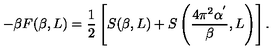
- \beta F ( \beta , L ) = \frac { 1 } { 2 } \left[ S ( \beta , L ) + S \left( \frac { 4 \pi ^ { 2 } \alpha ^ { ' } } { \beta } , L \right) \right] .